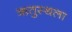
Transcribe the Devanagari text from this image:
ऋतुस्थला